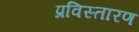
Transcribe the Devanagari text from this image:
प्रविस्तारण